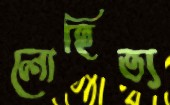
লোহিত্য